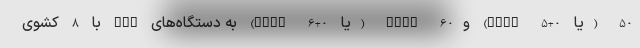
50 (یا RAID 5+0) وRAID 60 (یا RAID 6+0) به دستگاه‌های NAS با 8 کشوی